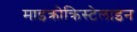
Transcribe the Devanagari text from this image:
माइक्रोक्रिस्टेलाइन